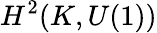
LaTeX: H^{2}(K,U(1))